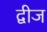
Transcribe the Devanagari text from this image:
द्वीज